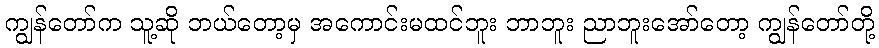
ကျွန်တော်က သူ့ဆို ဘယ်တော့မှ အကောင်းမထင်ဘူး ဘာဘူး ညာဘူးအော်တော့ ကျွန်တော်တို့